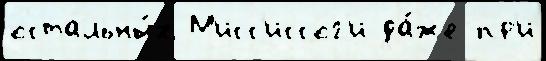
остальны́х М'исс'иссог'и да́же пр'и